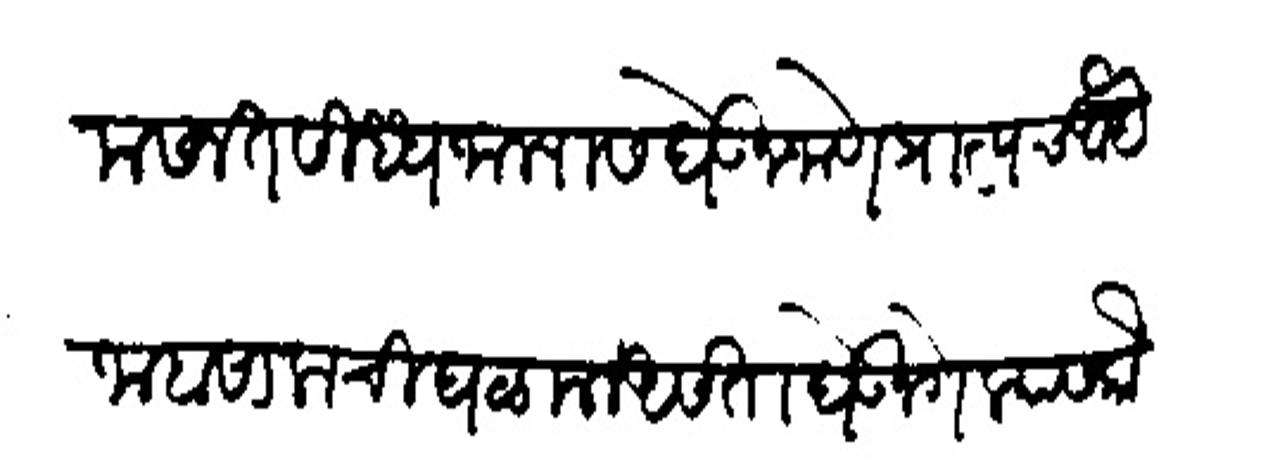
Transliteration (Devanagari): मसलत सिष्य जाल्यास घेऊन जाणे प्राप्तच आहे जाबसालाची घळमल असता घेऊन गेल्यास कौली